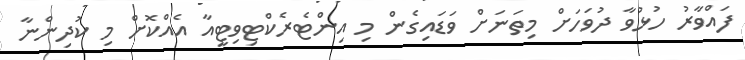
ފައްވާރު ހުޅުވާ ދުވަހަށް މިތަނަށް ވަޑައިގެން މި އިންޓެރެކްޓިވިޓީއާ އެއްކޮށް މި ކުދިންނާ